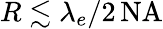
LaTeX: R\lesssim\lambda_{e}/2\, \mathrm{NA}